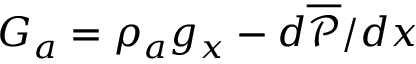
G _ { a } = \rho _ { a } g _ { x } - d \overline { { \mathcal { P } } } / d x